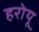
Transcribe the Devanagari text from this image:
हरोयू